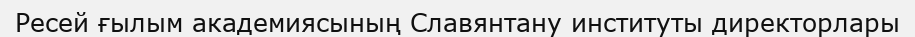
Ресей ғылым академиясының Славянтану институты директорлары